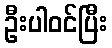
ဦးပါဝင်ပြီး